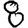
Digit: 8